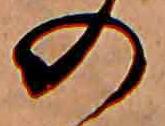
の